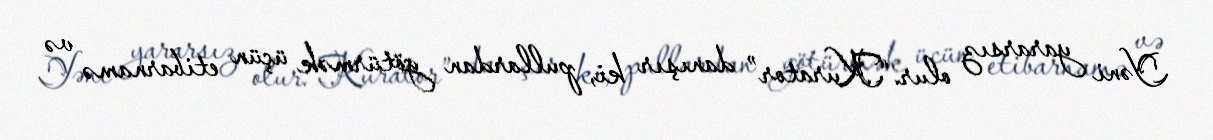
Yəni yararsız olur.“Kurator” danışır ki, pullardan götürmək üçün etibarnamə və